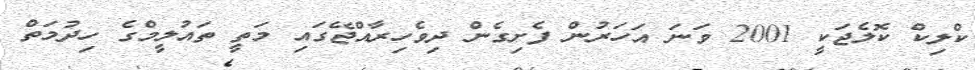
ކްލިކް ކޮލެޖަކީ 2001 ވަނަ އަހަރުން ފެށިގެން ދިވެހިރާއްޖޭގައި މަތީ ތައުލީމްގެ ހިދުމަތް